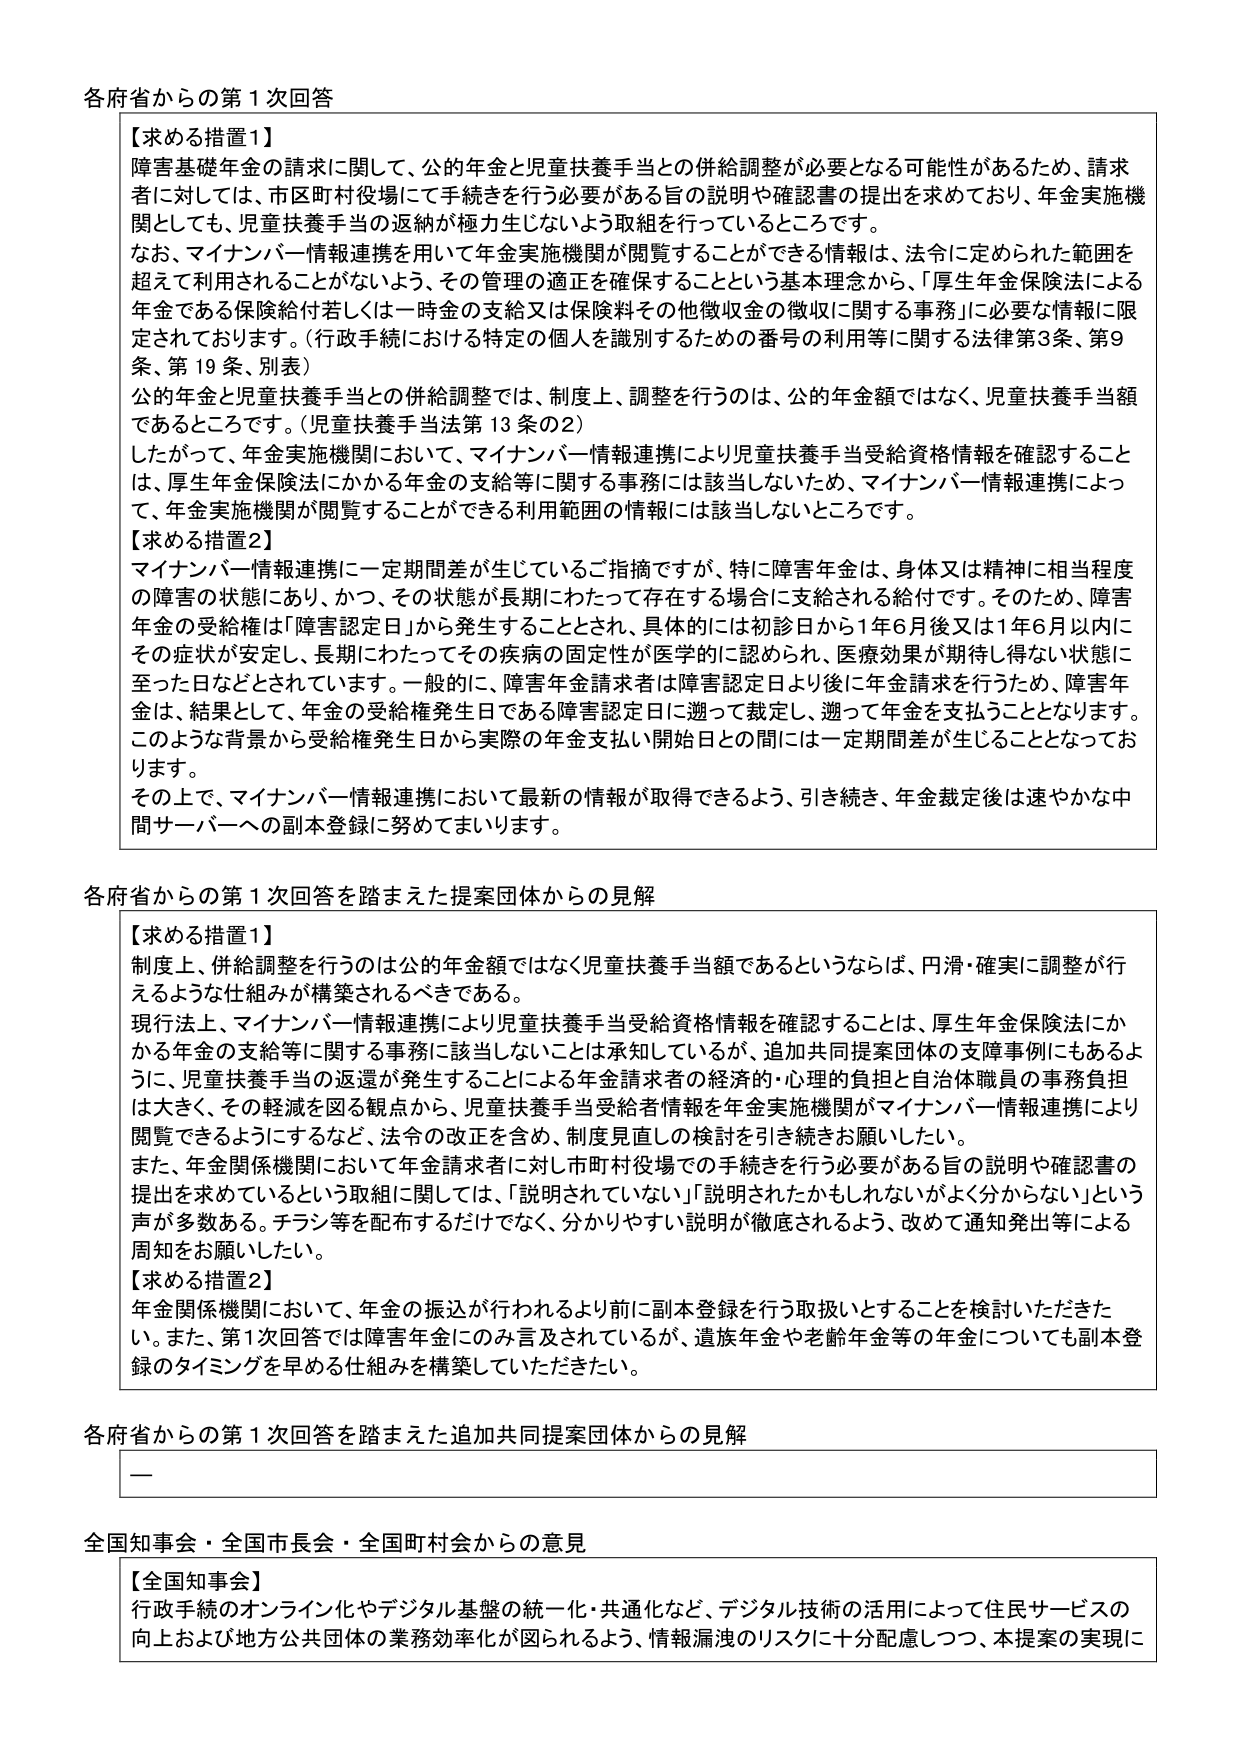
各府省からの第1次回答

【求める措置1】
障害基礎年金の請求に関して、公的年金と児童扶養手当との併給調整が必要となる可能性があるため、請求者に対しては、市区町村役場にて手続きを行う必要がある旨の説明や確認書の提出を求めており、年金実施機関としても、児童扶養手当の返納が極力生じないよう取組を行っているところです。
なお、マイナンバー情報連携を用いて年金実施機関が閲覧することができる情報は、法令に定められた範囲を超えて利用されることがないよう、その管理の適正を確保することという基本理念から、「厚生年金保険法による年金である保険給付若しくは一時金の支給又は保険料その他徴収金の徴収に関する事務」に必要な情報に限定されております。（行政手続における特定の個人を識別するための番号の利用等に関する法律第3条、第9条、第19条、別表）
公的年金と児童扶養手当との併給調整では、制度上、調整を行うのは、公的年金額ではなく、児童扶養手当額であるところです。（児童扶養手当法第13条の2）
したがって、年金実施機関において、マイナンバー情報連携により児童扶養手当受給資格情報を確認することは、厚生年金保険法にかかる年金の支給等に関する事務には該当しないため、マイナンバー情報連携によって、年金実施機関が閲覧することができる利用範囲の情報には該当しないところです。

【求める措置2】
マイナンバー情報連携に一定期間差が生じているご指摘ですが、特に障害年金は、身体又は精神に相当程度の障害の状態にあり、かつ、その状態が長期にわたって存在する場合に支給される給付です。そのため、障害年金の受給権は「障害認定日」から発生することとされ、具体的には初診日から1年6月後又は1年6月以内にその症状が安定し、長期にわたってその疾病の固定性が医学的に認められ、医療効果が期待し得ない状態に至った日などとされています。一般的に、障害年金請求者は障害認定日より後に年金請求を行うため、障害年金は、結果として、年金の受給権発生日である障害認定日に遡って裁定し、遡って年金を支払うこととなります。このような背景から受給権発生日から実際の年金支払い開始日との間には一定期間差が生じることとなっております。
その上で、マイナンバー情報連携において最新の情報が取得できるよう、引き続き、年金裁定後は速やかな中間サーバーへの副本登録に努めてまいります。

各府省からの第1次回答を踏まえた提案団体からの見解

【求める措置1】
制度上、併給調整を行うのは公的年金額ではなく児童扶養手当額であるというならば、円滑・確実に調整が行えるような仕組みが構築されるべきである。
現行法上、マイナンバー情報連携により児童扶養手当受給資格情報を確認することは、厚生年金保険法にかかる年金の支給等に関する事務に該当しないことは承知しているが、追加共同提案団体の支障事例にもあるように、児童扶養手当の返還が発生することによる年金請求者の経済的・心理的負担と自治体職員の事務負担は大きく、その軽減を図る観点から、児童扶養手当受給者情報を年金実施機関がマイナンバー情報連携により閲覧できるようにするなど、法令の改正を含め、制度見直しの検討を引き続きお願いしたい。
また、年金関係機関において年金請求者に対し市町村役場での手続きを行う必要がある旨の説明や確認書の提出を求めていているという取組に関しては、「説明されていない」「説明されたかもしれないがよく分からない」という声が多数ある。チラシ等を配布するだけでなく、分かりやすい説明が徹底されるよう、改めて通知発出等による周知をお願いしたい。

【求める措置2】
年金関係機関において、年金の振込が行われるより前に副本登録を行う取扱いとすることを検討いただきたい。また、第1次回答では障害年金のみ言及されているが、遺族年金や老齢年金等の年金についても副本登録のタイミングを早める仕組みを構築していただきたい。

各府省からの第1次回答を踏まえた追加共同提案団体からの見解

—

全国知事会・全国市長会・全国町村会からの意見

【全国知事会】
行政手続のオンライン化やデジタル基盤の統一化・共通化など、デジタル技術の活用によって住民サービスの向上および地方公共団体の業務効率化が図られるよう、情報漏洩のリスクに十分配慮しつつ、本提案の実現に